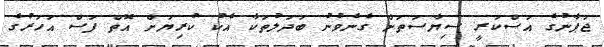
ޖަޕާނުގެ އަސްކަރީ ސިޔާސަތަށް ގެނެވުނު ބަދަލުތަކާ އެކު ކުރިޔަށް އޮތް ފަސް އަހަރުގެ